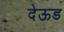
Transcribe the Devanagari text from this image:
देऊड